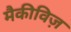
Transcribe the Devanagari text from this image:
मैकीविज़